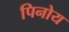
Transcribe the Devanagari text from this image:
पिनोय